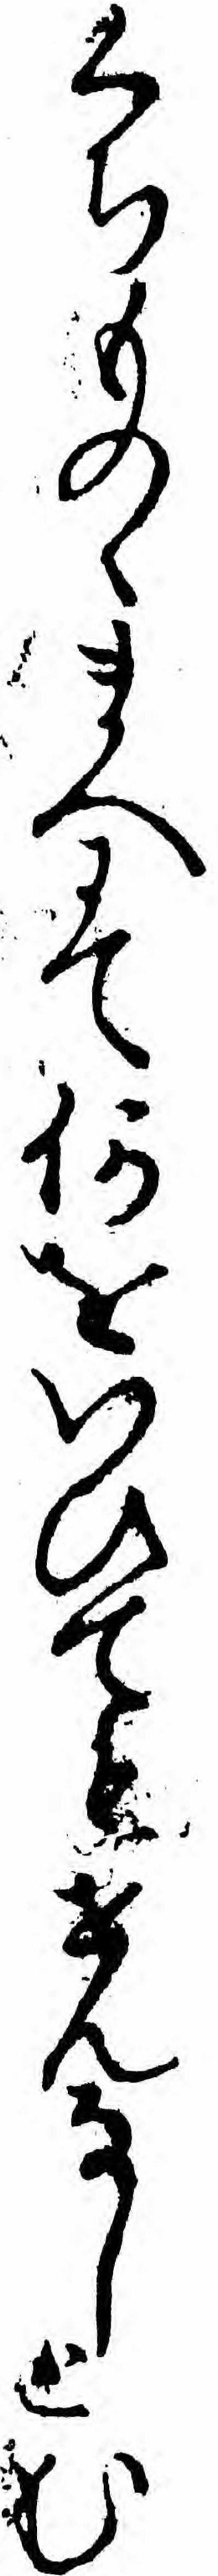
くちものゝまへにて何をいひてもせんなしとむ